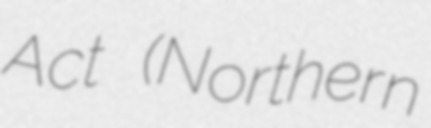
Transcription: Act (Northern